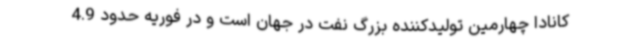
کانادا چهارمین تولیدکننده بزرگ نفت در جهان است و در فوریه حدود 4.9